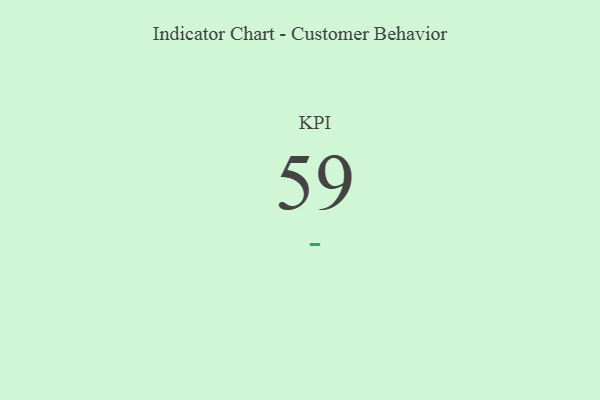
{"axis": {"x": "KPI", "y": "Value"}, "legend": [""], "data": [{"x": "KPI", "y": 59, "type": ""}]}